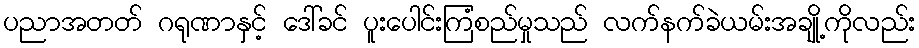
ပညာအတတ် ဂရုဏာနှင့် ဒေါ်ခင် ပူးပေါင်းကြံစည်မှုသည် လက်နက်ခဲယမ်းအချို့ကိုလည်း